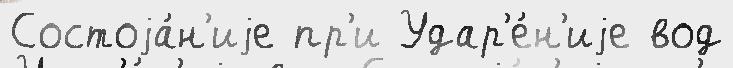
Состоjа́н'иjе пр'и Удар'е́н'иjе вод